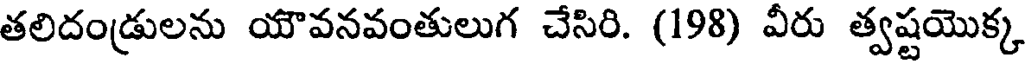
తలిదండ్రులను యౌవనవంతులుగ చేసిరి. (198) వీరు త్వష్టయొక్క